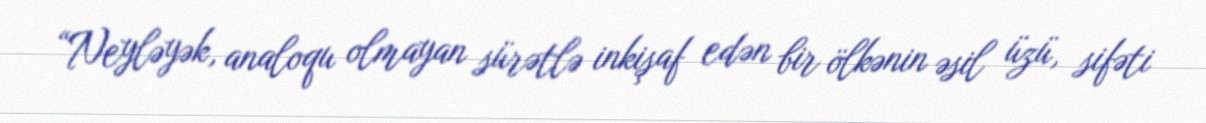
“Neyləyək, analoqu olmayan sürətlə inkişaf edən bir ölkənin əsil üzü, sifəti